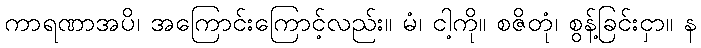
ကာရဏာအပိ၊ အကြောင်းကြောင့်လည်း။ မံ၊ ငါ့ကို။ စဇိတုံ၊ စွန့်ခြင်းငှာ။ န